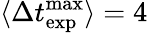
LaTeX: \langle\Delta t_{\mathrm{exp}}^{\mathrm{max}}\rangle=4